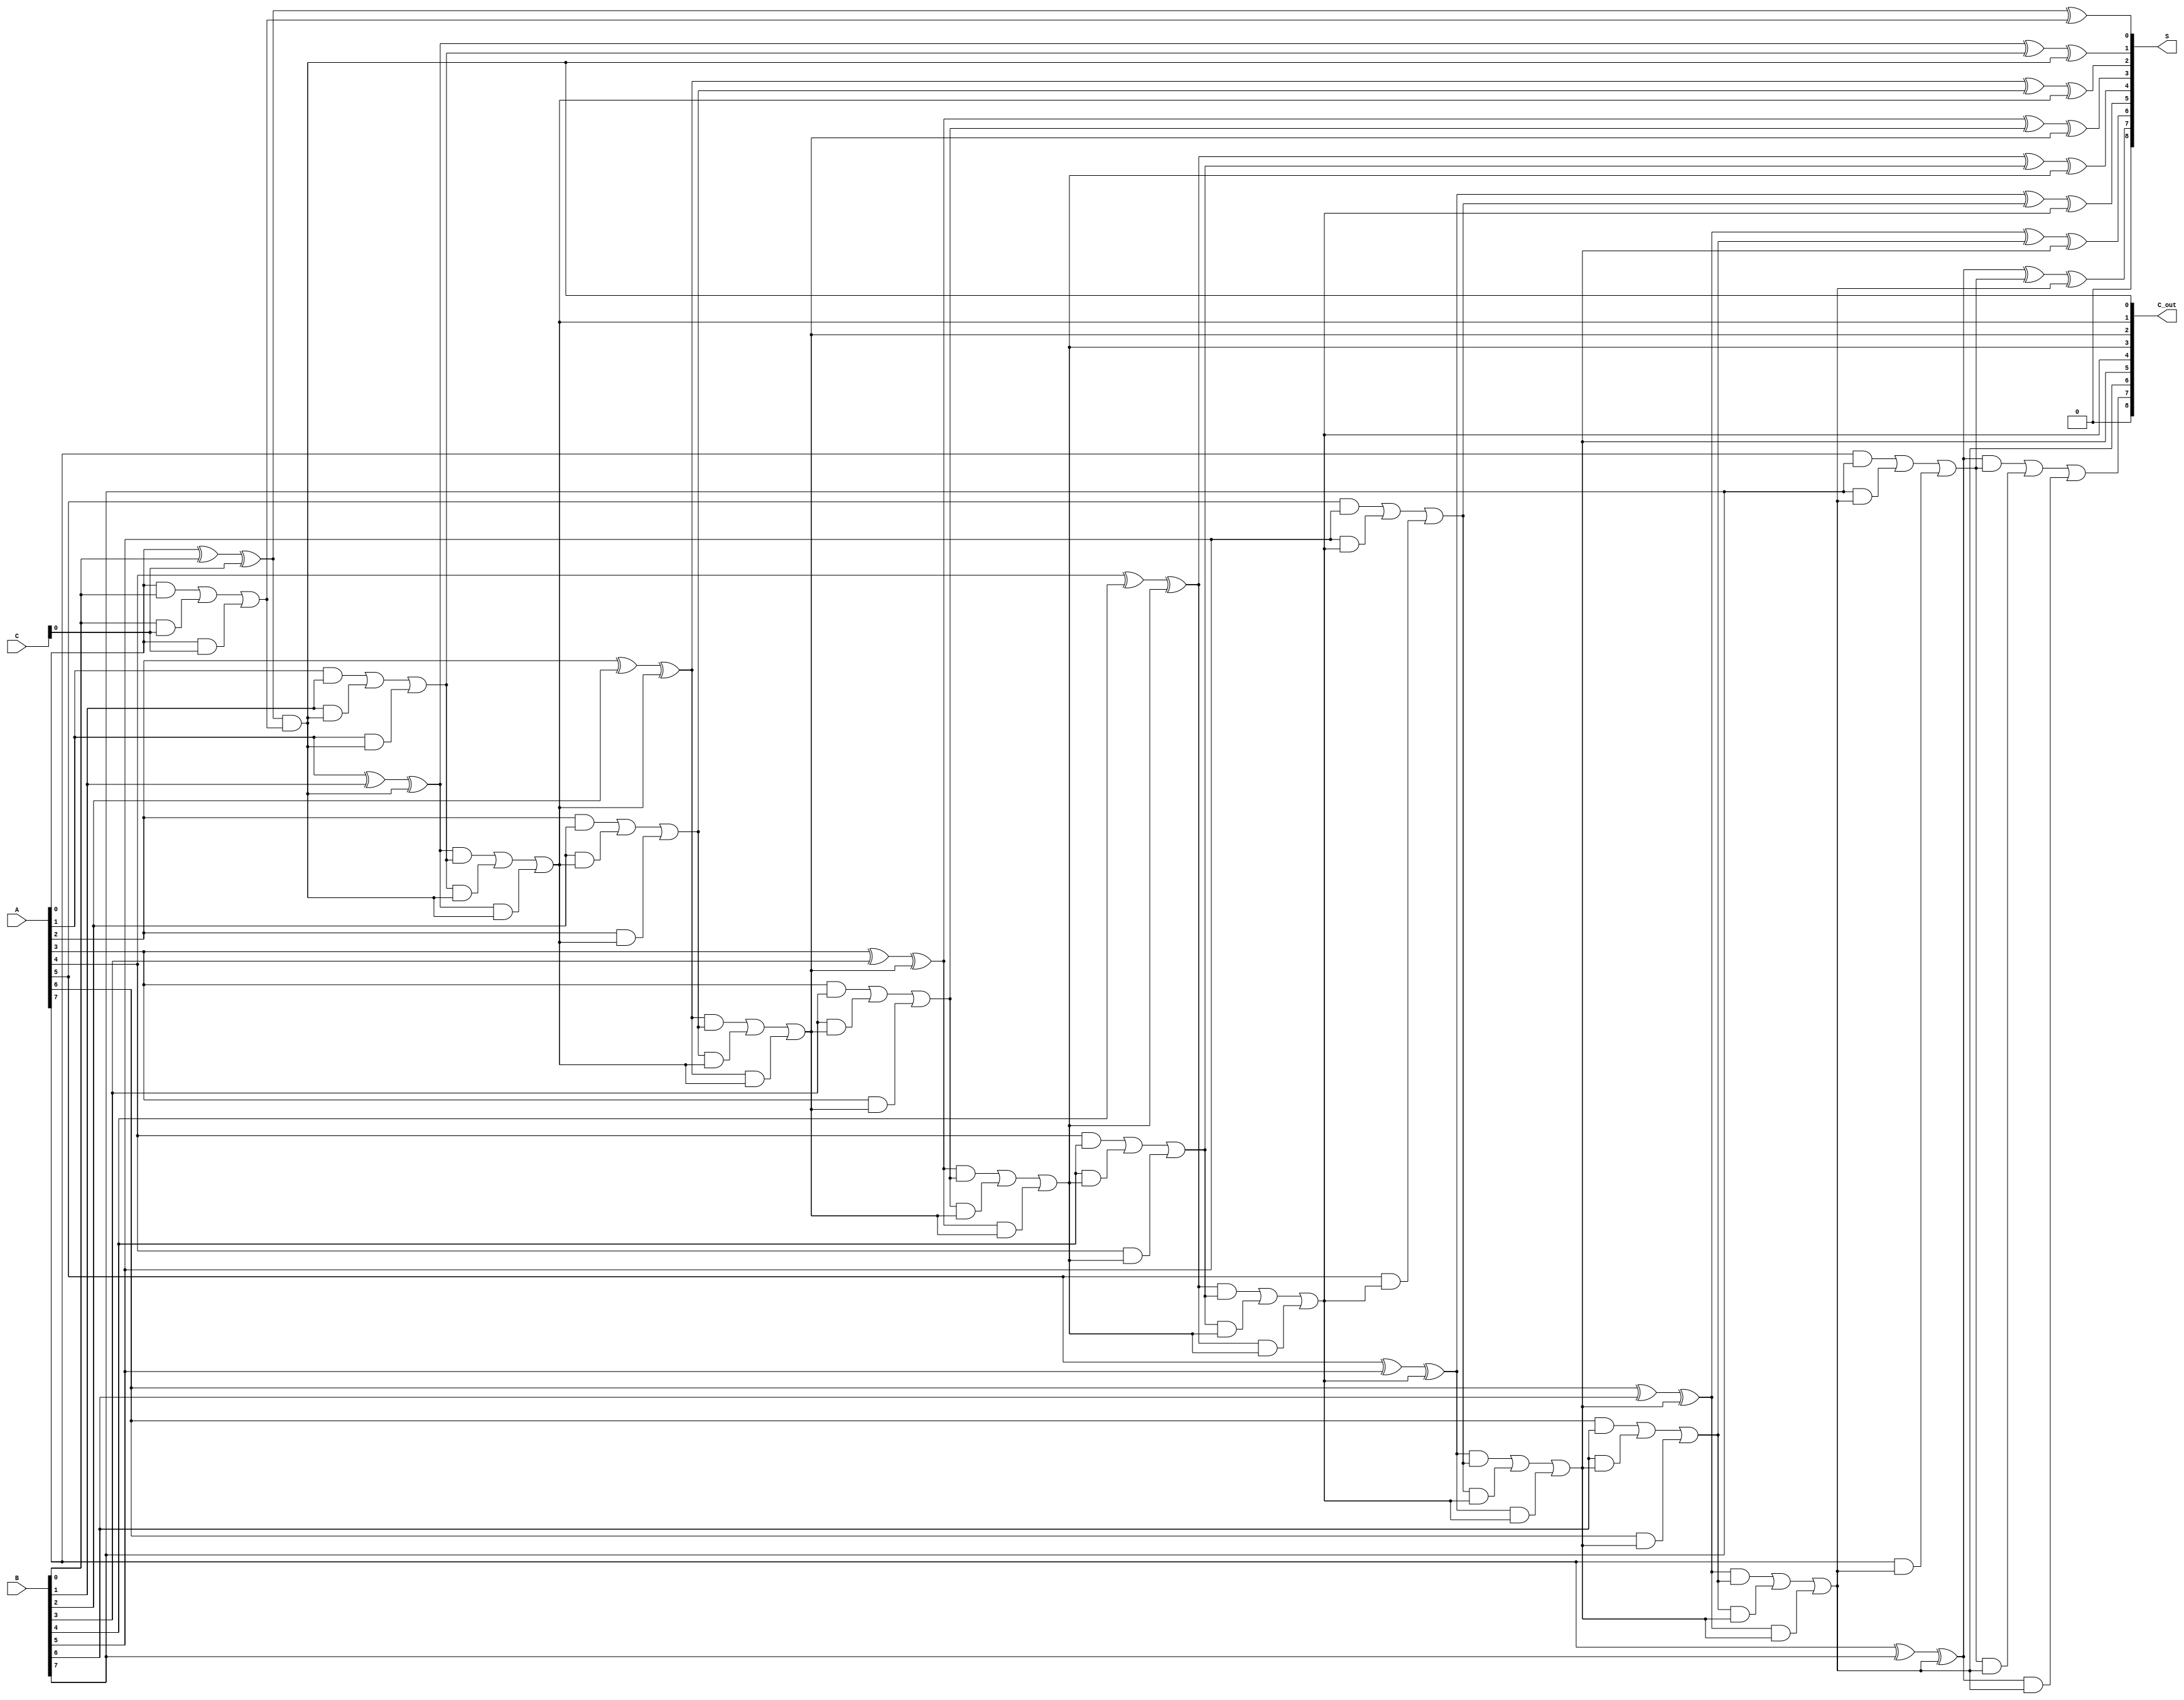
module carry_save_adder(
    input [m-1:0] A,
    input [m-1:0] B,
    input [m-1:0] C,
    output [m:0] S,
    output [m:0] C_out
);
    parameter m = 8; // Width of input numbers (8 bits in this example)

    wire [m-1:0] sum1, sum2, carry1, carry2;

    // Stage 1: Full adders for the first level
    generate
        genvar i;
        for (i = 0; i < m; i = i + 1) begin: stage1
            if (i == 0) begin
                assign sum1[i] = A[i] ^ B[i] ^ C[i]; // S_out
                assign carry1[i] = (A[i] & B[i]) | (B[i] & C[i]) | (A[i] & C[i]); // C_out
            end else begin
                assign sum1[i] = A[i] ^ B[i] ^ carry2[i-1]; // Using carry from previous stage
                assign carry1[i] = (A[i] & B[i]) | (B[i] & carry2[i-1]) | (A[i] & carry2[i-1]);
            end
        end
    endgenerate

    // Stage 2: Full adders for the second level
    generate
        genvar j;
        for (j = 0; j < m; j = j + 1) begin: stage2
            if (j == 0) begin
                assign sum2[j] = sum1[j] ^ carry1[j]; // S_out from stage 1
                assign carry2[j] = sum1[j] & carry1[j]; // C_out
            end else begin
                assign sum2[j] = sum1[j] ^ carry1[j] ^ carry2[j-1]; // Using carry from previous stage
                assign carry2[j] = (sum1[j] & carry1[j]) | (carry1[j] & carry2[j-1]) | (sum1[j] & carry2[j-1]);
            end
        end
    endgenerate

    // Final outputs
    assign S = sum2; // Final sum output
    assign C_out = carry2; // Final carry output

endmodule